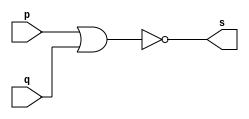
//...............
//Exemplo0007 - NOR
//Nome: Mateus Lima Batista
//...............

//...............
//.. NOR gate
//...............
module norgate(output s, input p, input q);
assign s = (~(p|q));
endmodule

//...............
//.. test
//...............
module testnorgate;
//...............dados locais
reg a,b;//definir registrador
      //(variavel indepedente)
wire s;//definir conexao(fio)
       //(variavel depemdente)
//................instancia
norgate NOR1(s,a,b);
//................preparacao
initial begin:start
//atribuicao simultanea
a=0; b=0;//valores iniciais
end
//..............parte principal
initial begin:main
$display("Exemplo0007 - Mateus Lima Batista - 451410");
$display("Test NOR gate");
$display("\n~(a|b)=s\n");
a = 0;b = 0;
$monitor("~(%b | %b) = %b", a, b, s);
#1 a = 0; b = 1;
#1 a =1; b = 0;
#1 a = 1; b = 1;
end
endmodule